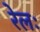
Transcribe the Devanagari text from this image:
रेलः